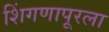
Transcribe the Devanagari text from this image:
शिंगणापूरला